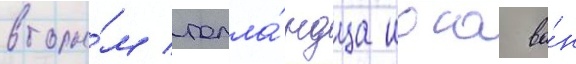
вторы́м голла́ндца иоса ва́н